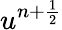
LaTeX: u^{n+\frac{1}{2}}